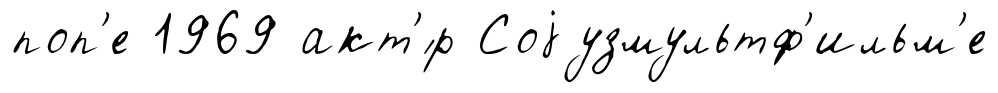
поп'е 1969 акт'́р Соjузмультф'ильм'е